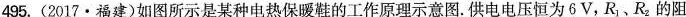
495. (2017·福建)如图所示是某种电热保暖鞋的工作原理示意图。供电电压恒为6V，R_{1}、R_{2}的阻